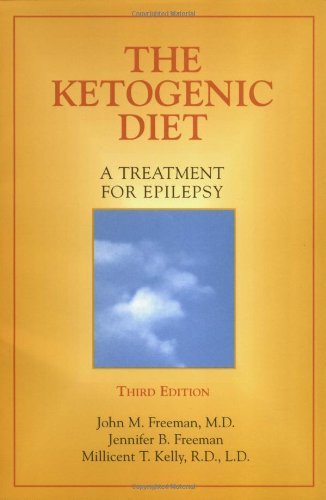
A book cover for By John M. Freeman The Ketogenic Diet: A Treatment for Epilepsy, 3rd Edition (3rd Edition) [Paperback]; Health, Fitness & Dieting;